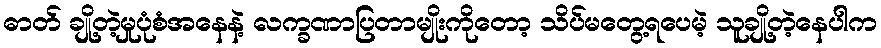
ဓာတ် ချို့တဲ့မှုပုံစံအနေနဲ့ လက္ခဏာပြတာမျိုးကိုတော့ သိပ်မတွေ့ရပေမဲ့ သူချို့တဲ့နေပါက